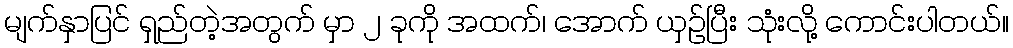
မျက်နှာပြင် ရှည်တဲ့အတွက် မှာ ၂ ခုကို အထက်၊ အောက် ယှဉ်ပြီး သုံးလို့ ကောင်းပါတယ်။